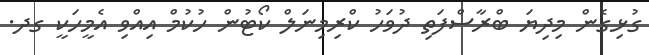
ގުޅިގެން މިދިޔަ ބްރާސްފަތި ދުވަހު ކްރިމިނަލް ކޯޓުން ހުކުމް އިއްވި އެމީހަކީ ގދ.